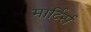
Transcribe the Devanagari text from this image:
मार्टिर्स